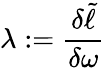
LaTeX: \lambda:=\frac{\delta\tilde{\ell}}{\delta\omega}